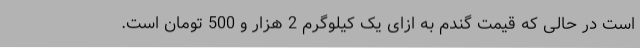
است در حالی که قیمت گندم به ازای یک کیلوگرم 2 هزار و 500 تومان است.